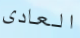
العادى